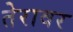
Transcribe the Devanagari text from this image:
तेरावर